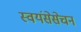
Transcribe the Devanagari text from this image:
स्वयंसेसेचन